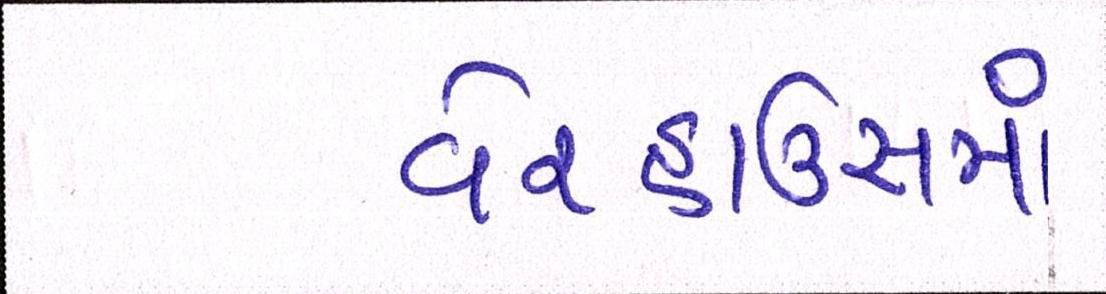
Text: વેરહાઉસમાં